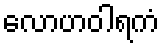
လောဟဝါရကံ